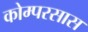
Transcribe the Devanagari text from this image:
कोम्परसास